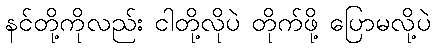
နင်တို့ကိုလည်း ငါတို့လိုပဲ တိုက်ဖို့ ပြောမလို့ပဲ